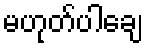
မဟုတ်ပါချေ